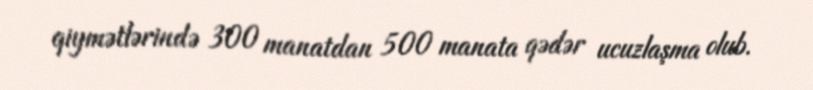
qiymətlərində 300 manatdan 500 manata qədər ucuzlaşma olub.